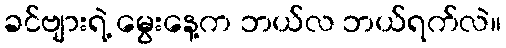
ခင်ဗျားရဲ့ မွေးနေ့က ဘယ်လ ဘယ်ရက်လဲ။